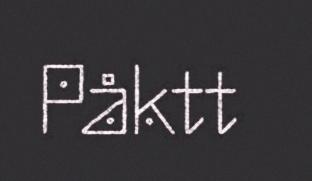
Påktt